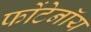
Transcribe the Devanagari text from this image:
फोंटेनॉय